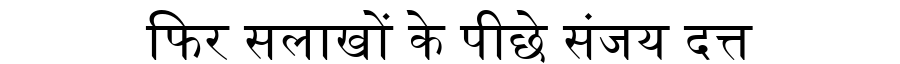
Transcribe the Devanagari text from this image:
फिर सलाखों के पीछे संजय दत्त